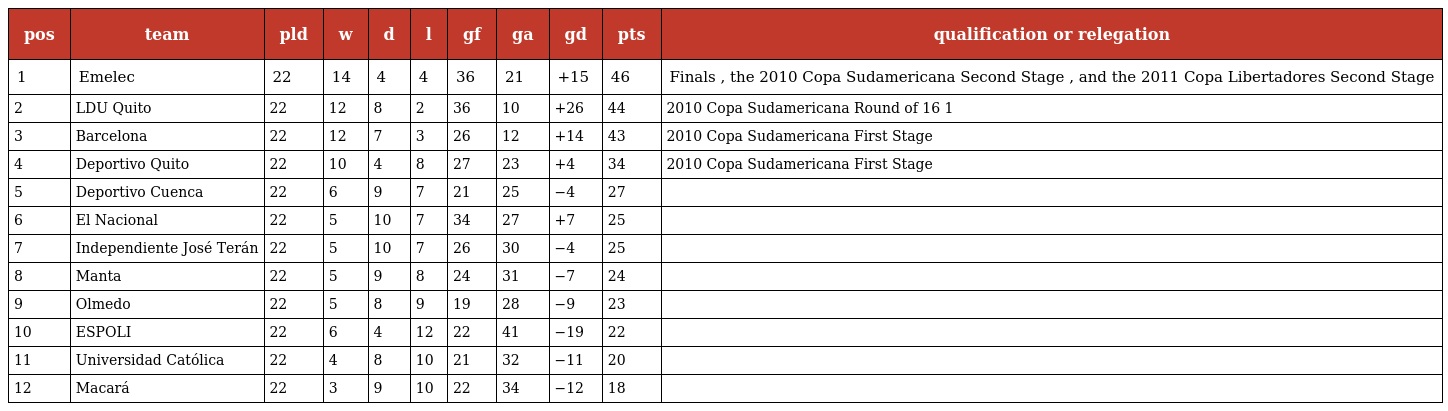
| pos | team | pld | w | d | l | gf | ga | gd | pts | qualification or relegation |
 | --- | --- | --- | --- | --- | --- | --- | --- | --- | --- | --- |
 | 1 | Emelec | 22 | 14 | 4 | 4 | 36 | 21 | +15 | 46 | Finals , the 2010 Copa Sudamericana Second Stage , and the 2011 Copa Libertadores Second Stage |
 | 2 | LDU Quito | 22 | 12 | 8 | 2 | 36 | 10 | +26 | 44 | 2010 Copa Sudamericana Round of 16 1 |
 | 3 | Barcelona | 22 | 12 | 7 | 3 | 26 | 12 | +14 | 43 | 2010 Copa Sudamericana First Stage |
 | 4 | Deportivo Quito | 22 | 10 | 4 | 8 | 27 | 23 | +4 | 34 | 2010 Copa Sudamericana First Stage |
 | 5 | Deportivo Cuenca | 22 | 6 | 9 | 7 | 21 | 25 | −4 | 27 |  |
 | 6 | El Nacional | 22 | 5 | 10 | 7 | 34 | 27 | +7 | 25 |  |
 | 7 | Independiente José Terán | 22 | 5 | 10 | 7 | 26 | 30 | −4 | 25 |  |
 | 8 | Manta | 22 | 5 | 9 | 8 | 24 | 31 | −7 | 24 |  |
 | 9 | Olmedo | 22 | 5 | 8 | 9 | 19 | 28 | −9 | 23 |  |
 | 10 | ESPOLI | 22 | 6 | 4 | 12 | 22 | 41 | −19 | 22 |  |
 | 11 | Universidad Católica | 22 | 4 | 8 | 10 | 21 | 32 | −11 | 20 |  |
 | 12 | Macará | 22 | 3 | 9 | 10 | 22 | 34 | −12 | 18 |  |